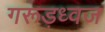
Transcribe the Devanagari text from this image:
गरूड़ध्वज